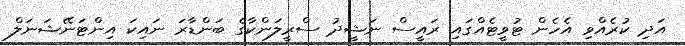
އަދި ކުރެއްވި އެހެން ޓުވީޓެއްގައި ރައީސް ނަޝީދު ސްރީލަންކާގެ ބަންޑާރަ ނައިކަ އިންޓަނޭޝަނަލް